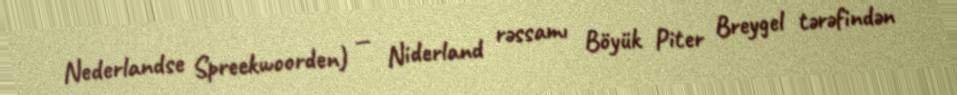
Nederlandse Spreekwoorden) — Niderland rəssamı Böyük Piter Breygel tərəfindən